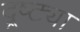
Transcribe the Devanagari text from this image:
द्र्ष्ट्या